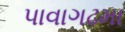
પાવાગઢમા